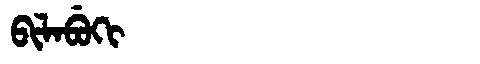
Manchu: ᠪᡳᠯᠠᠪᡠᡴᡳ
Romanization: BILABUKI